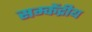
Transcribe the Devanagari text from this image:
सम्केंद्रीय